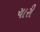
ચારી